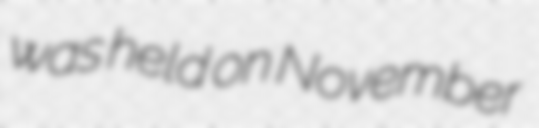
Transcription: was held on November